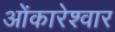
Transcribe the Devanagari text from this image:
ओंकारेश्वार